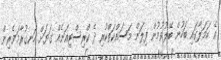
އެ ހަމަލާގައި ބަހުން ބޭލުވުމުން ފިލަން މަސައްކަތްކުރި ދެ ކްރިސްޓިއަނެއް ގަޔަށް ހަނގުރާމަވެރިން